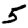
Digit: 5